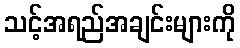
သင့်အရည်အချင်းများကို